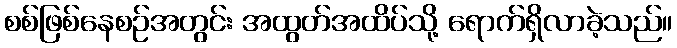
စစ်ဖြစ်နေစဉ်အတွင်း အထွတ်အထိပ်သို့ ရောက်ရှိလာခဲ့သည်။